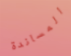
المساندة